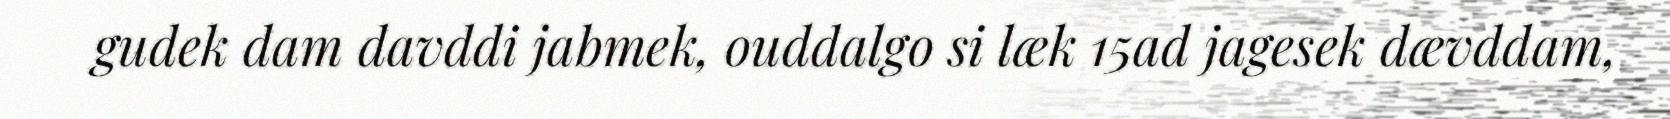
gudek dam davddi jabmek, ouddalgo si læk 15ad jagesek dævddam,